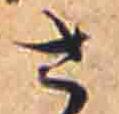
さ